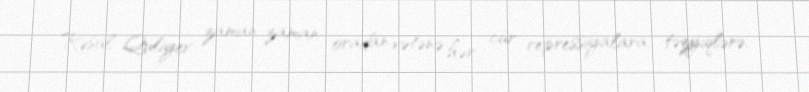
Rəsul Quliyev zaman-zaman oradan vətənə hər cür repressiyalara, təzyiqlərə,